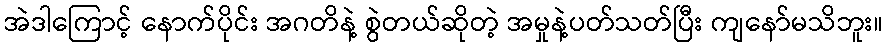
အဲဒါကြောင့် နောက်ပိုင်း အဂတိနဲ့ စွဲတယ်ဆိုတဲ့ အမှုနဲ့ပတ်သတ်ပြီး ကျနော်မသိဘူး။